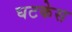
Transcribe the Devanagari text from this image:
घटकेस